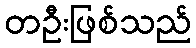
တဦးဖြစ်သည်